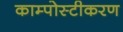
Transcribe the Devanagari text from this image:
काम्पोस्टीकरण